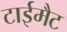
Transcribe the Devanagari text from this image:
टाईमैट